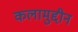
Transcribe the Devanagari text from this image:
कलामुद्दीन